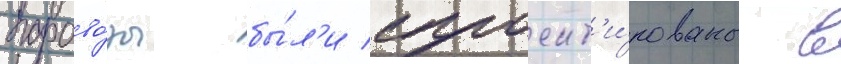
парово́зы бы́л'и спроект'и́рованы в